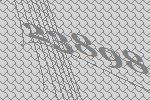
23898